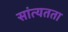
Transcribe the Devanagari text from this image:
सांत्यतता